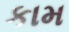
કામ